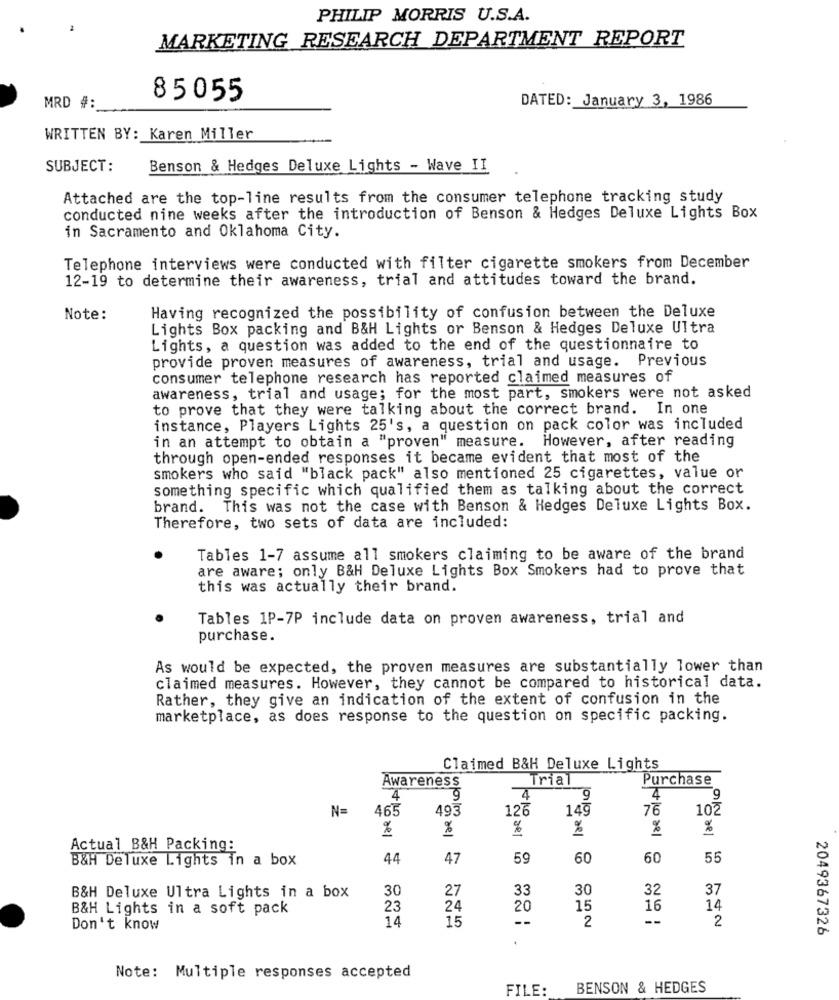
PHILIP MORRIS U.S.A.
MARKETING RESEARCH DEPARTMENT REPORT
85055
DATED: January 3, 1986
MRD #:
WRITTEN BY: Karen Miller
SUBJECT:
Benson & Hedges Deluxe Lights - Wave II
Attached are the top-line results from the consumer telephone tracking study
conducted nine weeks after the introduction of Benson & Hedges Deluxe Lights Box
in Sacramento and Oklahoma City.
Telephone interviews were conducted with filter cigarette smokers from December
12-19 to determine their awareness, trial and attitudes toward the brand.
Having recognized the possibility of confusion between the Deluxe
Note:
Lights Box packing and B&H Lights or Benson & Hedges Deluxe Ultra
Lights, a question was added to the end of the questionnaire to
provide proven measures of awareness, trial and usage. Previous
consumer telephone research has reported claimed measures of
awareness, trial and usage; for the most part, smokers were not asked
to prove that they were talking about the correct brand. In one
instance, Players Lights 25's, a question on pack color was included
in an attempt to obtain a "proven" measure. However, after reading
through open-ended responses it became evident that most of the
smokers who said "black pack" also mentioned 25 cigarettes, value or
something specific which qualified them as talking about the correct
brand. This was not the case with Benson & Hedges Deluxe Lights Box.
Therefore, two sets of data are included:
Tables 1-7 assume all smokers claiming to be aware of the brand
are aware; only B&H Deluxe Lights Box Smokers had to prove that
this was actually their brand.
Tables 1P-7P include data on proven awareness, trial and
purchase.
As would be expected, the proven measures are substantially lower than
claimed measures. However, they cannot be compared to historical data.
Rather, they give an indication of the extent of confusion in the
marketplace, as does response to the question on specific packing.
Claimed B&H Deluxe Lights
Tria
Purchase
Awareness
4
9
4
9
4
9
N=
465
493
126
149
76
102
%
%
%
%
%
+aR/
Actual B&H Packing:
B&H Deluxe Lights in a box
44
47
59
60
60
55
30
30
32
37
B&H Deluxe Ultra Lights in a box
27
33
B&H Lights in a soft pack
23
24
20
15
16
14
14
15
--
2
--
2
Don't know
2049367326
Note: Multiple responses accepted
FILE:
BENSON & HEDGES